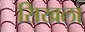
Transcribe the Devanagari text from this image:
सिखला